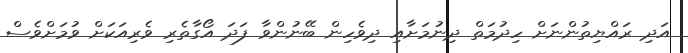
އަދި ރައްޔިތުންނަށް ހިދުމަތް ދިނުމަށާއި ދިވެހިން ބޭނުންވާ ފަދަ އޯގާތެރި ވެރިއަކަށް ވުމަށްވެސް